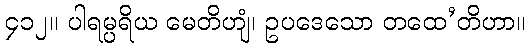
၄၁၂။ ပါရမ္ပရိယ မေတိဟျံ၊ ဥပဒေသော တထေ’တိဟာ။